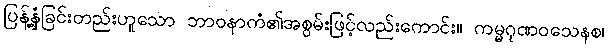
ပြန့်နှံ့ခြင်းတည်းဟူသော ဘာဝနာကံ၏အစွမ်းဖြင့်လည်းကောင်း။ ကမ္မဂုဏဝသေနစ၊